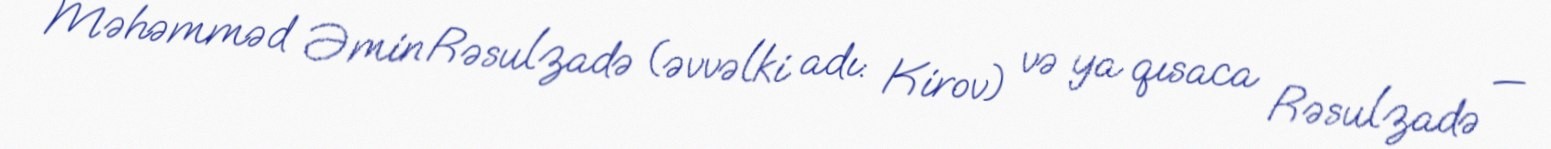
Məhəmməd Əmin Rəsulzadə (əvvəlki adı: Kirov) və ya qısaca Rəsulzadə —